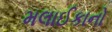
મલાઈકાનો